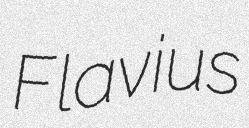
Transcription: Flavius